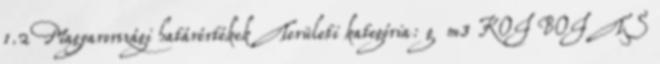
1.2 Magyarországi határértékek Területi kategória: g m3 KOI BOI TS